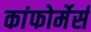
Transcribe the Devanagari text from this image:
कांफोर्मेर्स